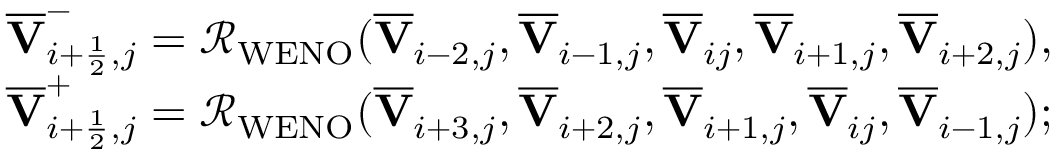
\begin{array} { r } { \overline { { \mathbf { V } } } _ { i + \frac { 1 } { 2 } , j } ^ { - } = \mathcal { R } _ { \mathrm { W E N O } } ( \overline { { \mathbf { V } } } _ { i - 2 , j } , \overline { { \mathbf { V } } } _ { i - 1 , j } , \overline { { \mathbf { V } } } _ { i j } , \overline { { \mathbf { V } } } _ { i + 1 , j } , \overline { { \mathbf { V } } } _ { i + 2 , j } ) , } \\ { \overline { { \mathbf { V } } } _ { i + \frac { 1 } { 2 } , j } ^ { + } = \mathcal { R } _ { \mathrm { W E N O } } ( \overline { { \mathbf { V } } } _ { i + 3 , j } , \overline { { \mathbf { V } } } _ { i + 2 , j } , \overline { { \mathbf { V } } } _ { i + 1 , j } , \overline { { \mathbf { V } } } _ { i j } , \overline { { \mathbf { V } } } _ { i - 1 , j } ) ; } \end{array}